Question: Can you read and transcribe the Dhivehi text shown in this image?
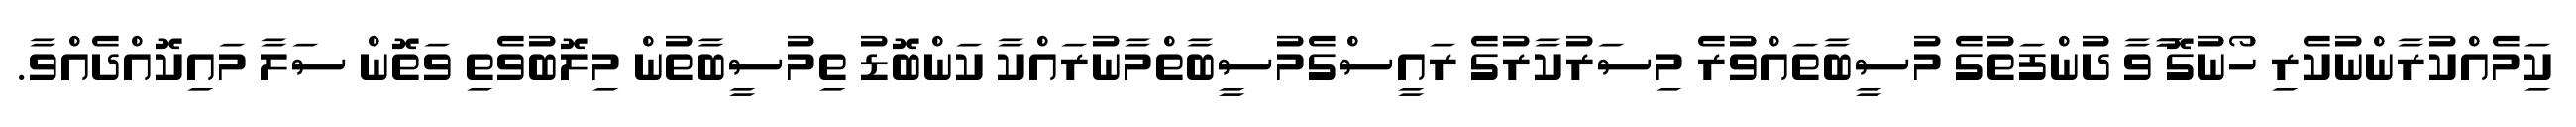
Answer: ކިަމެއްކުރާންނުކެރި ހޯނުގޮ ާާވާ ދުންފަތުގެ މުސީބާތައްވުރެ މިސަރުކާރުގެ ރައީސްގެމުސީބާތްމާނުރައްކާ ކަންބޮޑު ތިމުސީބާތުން މިލޮބުވެތި ވަތޮން ސަލާ މައިކޮއްދެއްވާ.